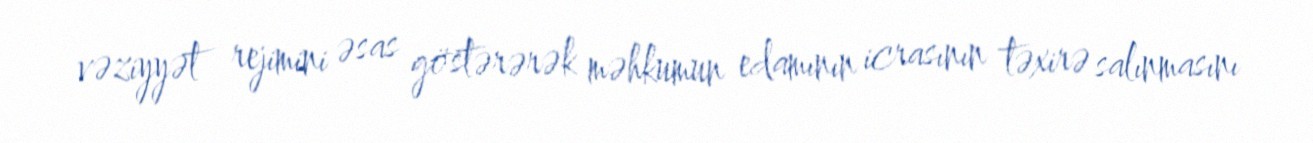
vəziyyət rejimini əsas göstərərək məhkumun edamının icrasının təxirə salınmasını